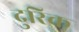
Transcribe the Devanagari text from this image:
दुरिक